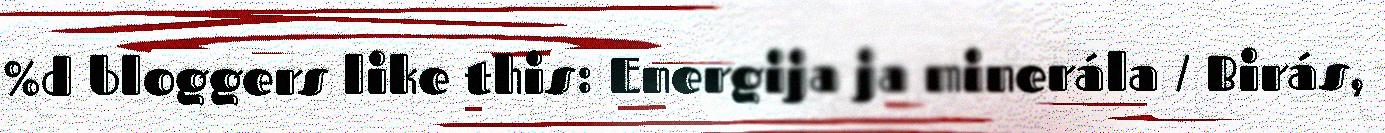
%d bloggers like this: Energija ja minerála / Birás,